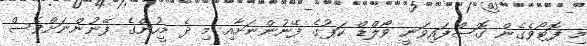
މި ފޮޓޯވެގެން ގޮސްފައިވަނީ ވޯލްޑް ކަޕުގެ ފޭނުންނަށާއި މި ދެ މީހުންގެ ފޭނުންނަށްވެސް